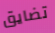
تضايق